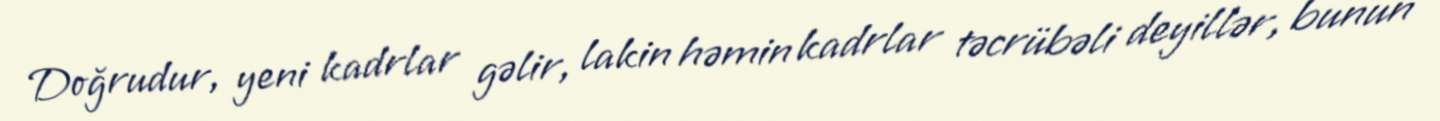
Doğrudur, yeni kadrlar gəlir, lakin həmin kadrlar təcrübəli deyillər, bunun